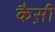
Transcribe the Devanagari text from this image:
कैस़ी